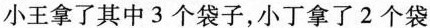
小王拿了其中3个袋子，小丁拿了2个袋